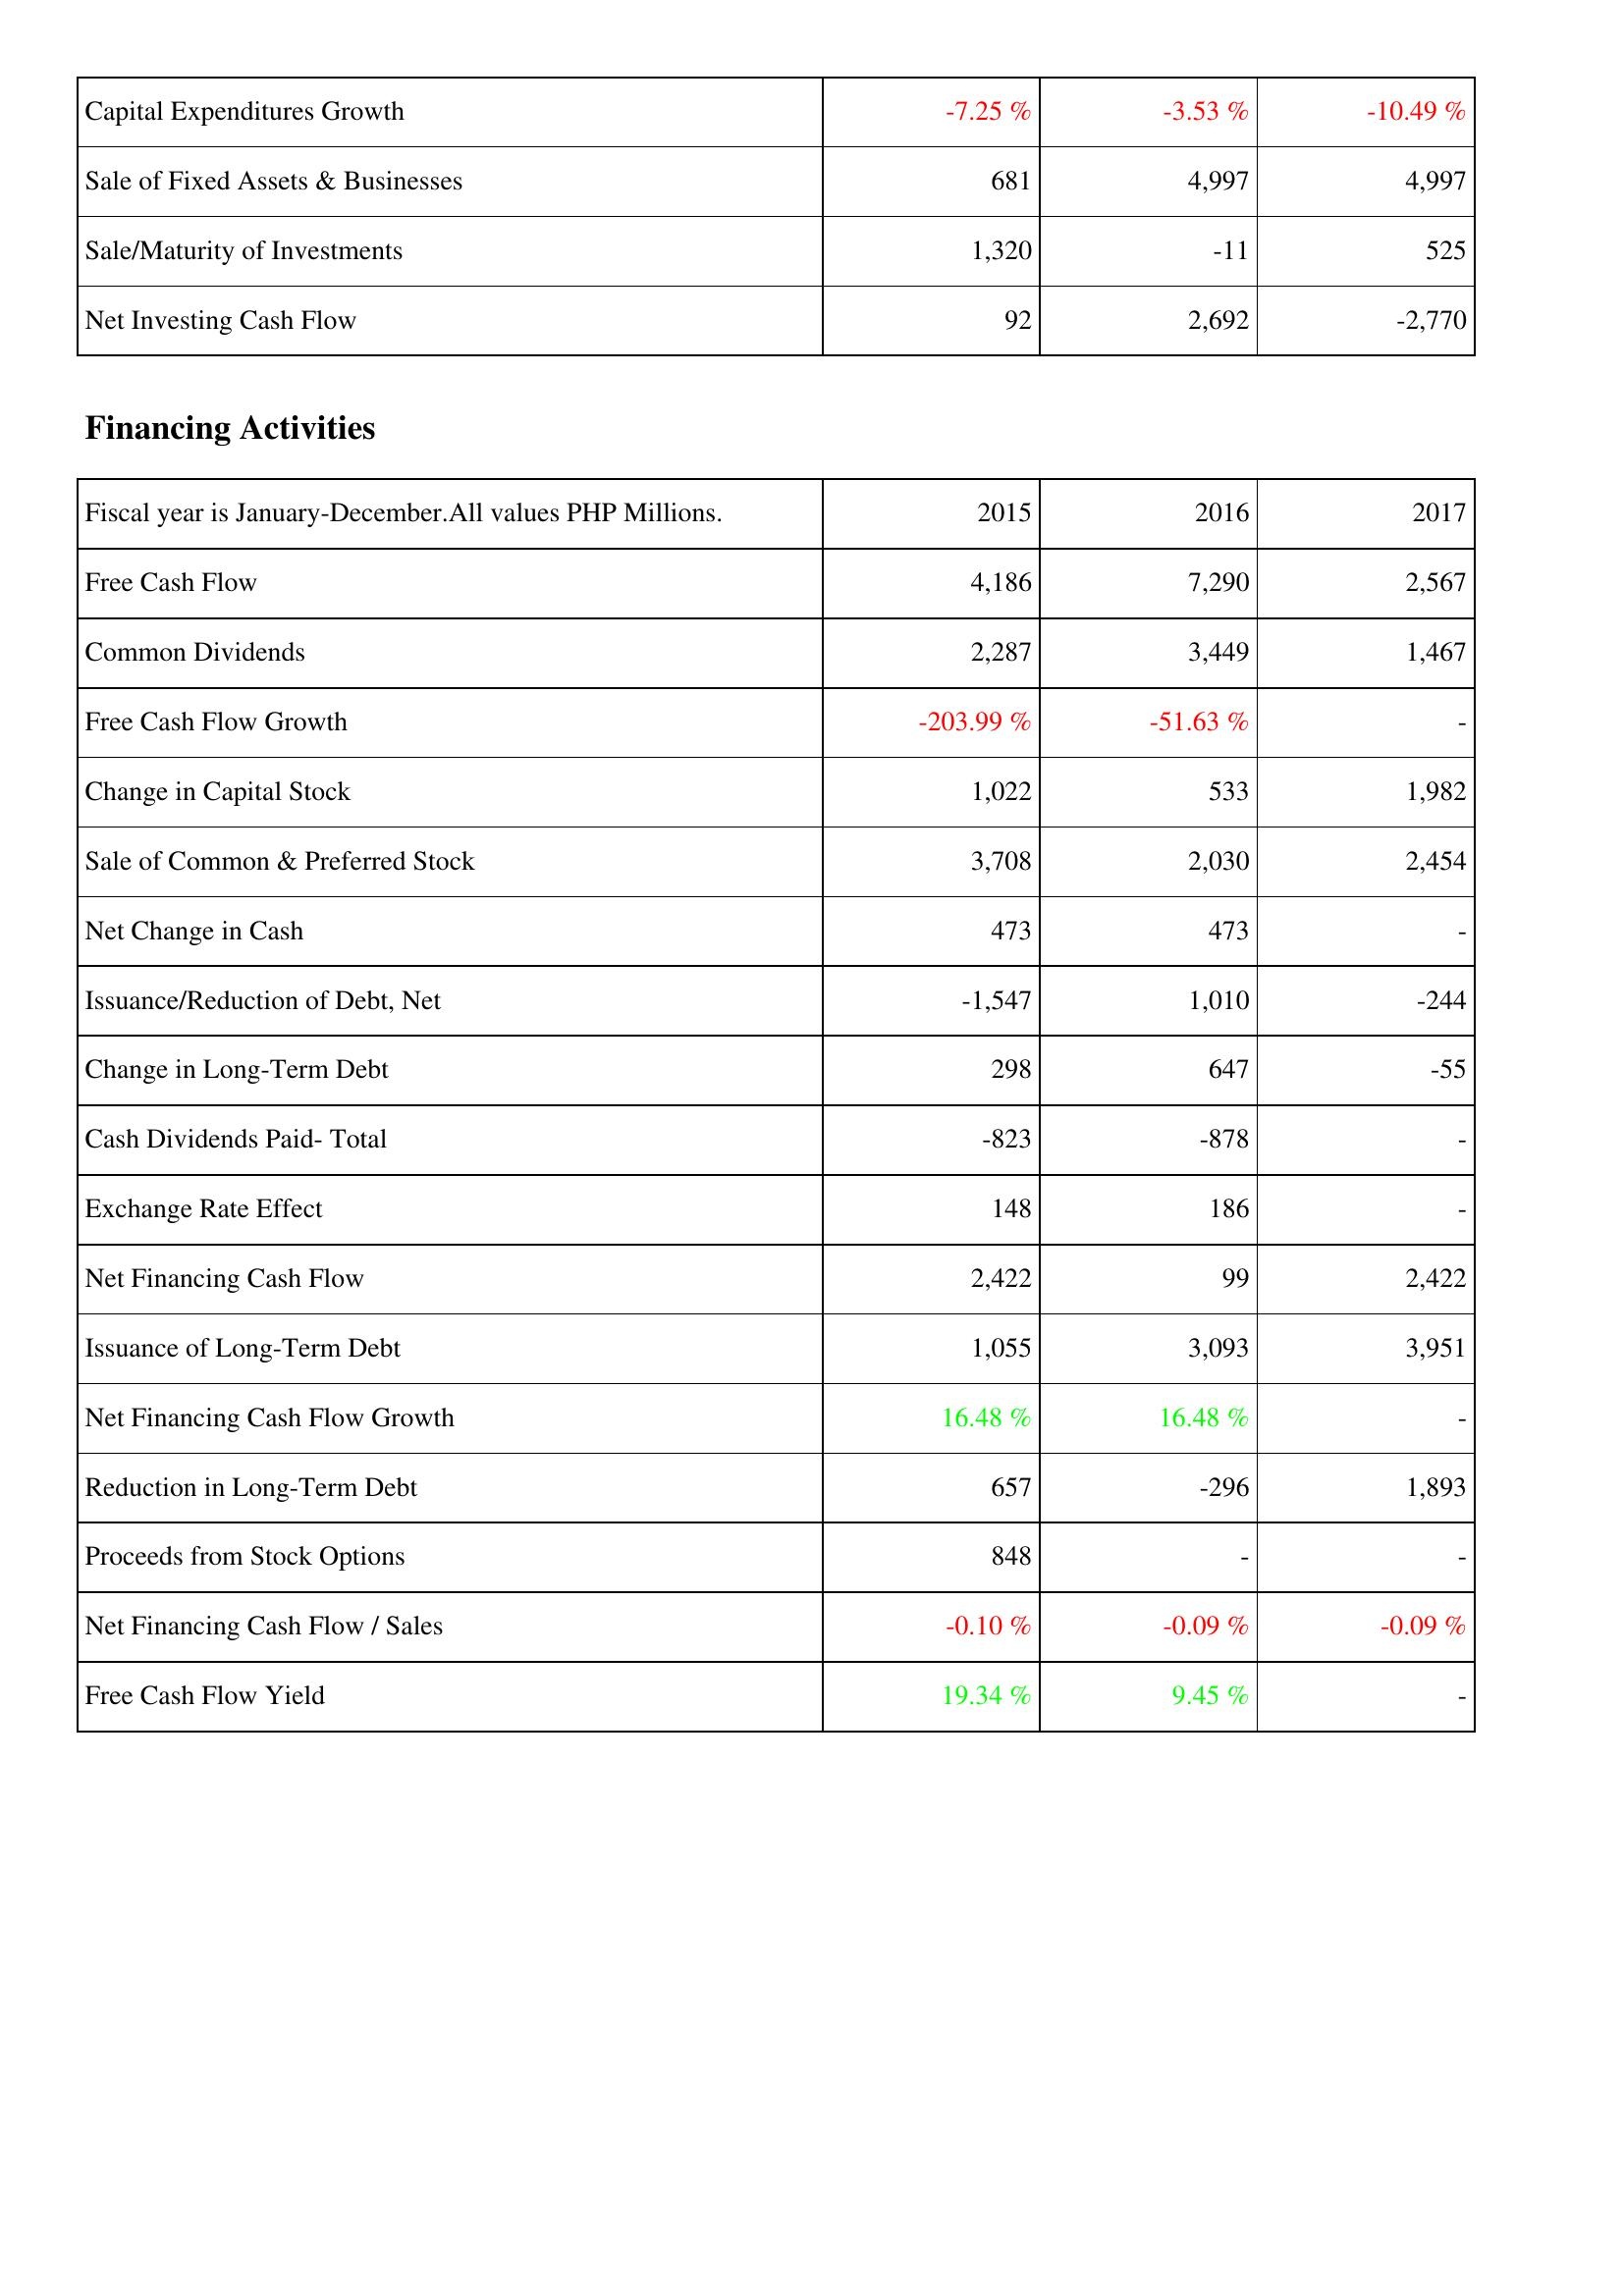
2015: Investing Activities: Capital Expenditures Growth: -7.25 %
Sale of Fixed Assets & Businesses: 681
Sale/Maturity of Investments: 1,320
Net Investing Cash Flow: 92
Financing Activities: Free Cash Flow: 4,186
Common Dividends: 2,287
Free Cash Flow Growth: -203.99 %
Change in Capital Stock: 1,022
Sale of Common & Preferred Stock: 3,708
Net Change in Cash: 473
Issuance/Reduction of Debt, Net: -1,547
Change in Long-Term Debt: 298
Cash Dividends Paid- Total: -823
Exchange Rate Effect: 148
Net Financing Cash Flow: 2,422
Issuance of Long-Term Debt: 1,055
Net Financing Cash Flow Growth: 16.48 %
Reduction in Long-Term Debt: 657
Proceeds from Stock Options: 848
Net Financing Cash Flow / Sales: -0.10 %
Free Cash Flow Yield: 19.34 %
2016: Investing Activities: Capital Expenditures Growth: -3.53 %
Sale of Fixed Assets & Businesses: 4,997
Sale/Maturity of Investments: -11
Net Investing Cash Flow: 2,692
Financing Activities: Free Cash Flow: 7,290
Common Dividends: 3,449
Free Cash Flow Growth: -51.63 %
Change in Capital Stock: 533
Sale of Common & Preferred Stock: 2,030
Net Change in Cash: 473
Issuance/Reduction of Debt, Net: 1,010
Change in Long-Term Debt: 647
Cash Dividends Paid- Total: -878
Exchange Rate Effect: 186
Net Financing Cash Flow: 99
Issuance of Long-Term Debt: 3,093
Net Financing Cash Flow Growth: 16.48 %
Reduction in Long-Term Debt: -296
Proceeds from Stock Options: -
Net Financing Cash Flow / Sales: -0.09 %
Free Cash Flow Yield: 9.45 %
2017: Investing Activities: Capital Expenditures Growth: -10.49 %
Sale of Fixed Assets & Businesses: 4,997
Sale/Maturity of Investments: 525
Net Investing Cash Flow: -2,770
Financing Activities: Free Cash Flow: 2,567
Common Dividends: 1,467
Free Cash Flow Growth: -
Change in Capital Stock: 1,982
Sale of Common & Preferred Stock: 2,454
Net Change in Cash: -
Issuance/Reduction of Debt, Net: -244
Change in Long-Term Debt: -55
Cash Dividends Paid- Total: -
Exchange Rate Effect: -
Net Financing Cash Flow: 2,422
Issuance of Long-Term Debt: 3,951
Net Financing Cash Flow Growth: -
Reduction in Long-Term Debt: 1,893
Proceeds from Stock Options: -
Net Financing Cash Flow / Sales: -0.09 %
Free Cash Flow Yield: -